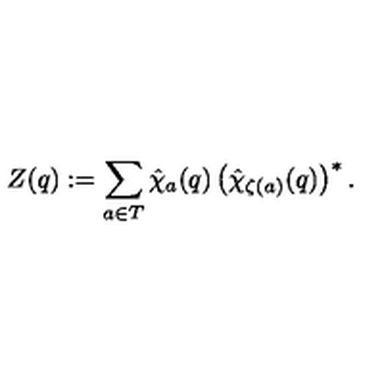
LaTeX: Z ( q ) : = \sum _ { a \in T } \hat { \chi } _ { a } ( q ) \left( \hat { \chi } _ { \zeta ( a ) } ( q ) \right) ^ { * } .